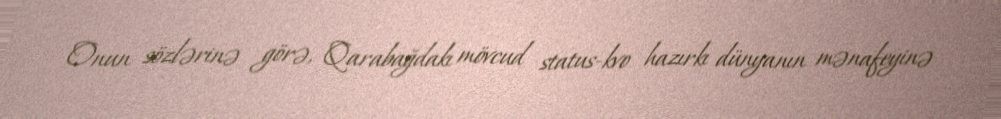
Onun sözlərinə görə, Qarabağdakı mövcud status-kvo hazırkı dünyanın mənafeyinə